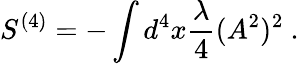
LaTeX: S^{(4)}=-\int d^{4}x\frac{\lambda}{4}(A^{2})^{2}\ .